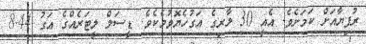
ރުފިޔާއަށް ކަމަށެވެ. އެއީ 30 ލާރިގެ އަގުހެޔޮވުމެކެވެ. ޑީސަލް ލީޓަރެއްގެ އަގު 8.44